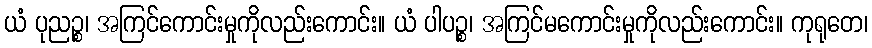
ယံ ပုညဉ္စ၊ အကြင်ကောင်းမှုကိုလည်းကောင်း။ ယံ ပါပဉ္စ၊ အကြင်မကောင်းမှုကိုလည်းကောင်း။ ကုရုတေ၊